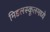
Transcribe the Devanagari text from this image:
मिडलस्कूलमध्ये